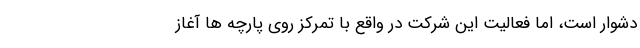
دشوار است، اما فعالیت این شرکت در واقع با تمرکز روی پارچه ها آغاز